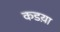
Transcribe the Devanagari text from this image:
कडय़ा